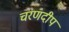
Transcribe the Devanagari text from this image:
चरणदीप